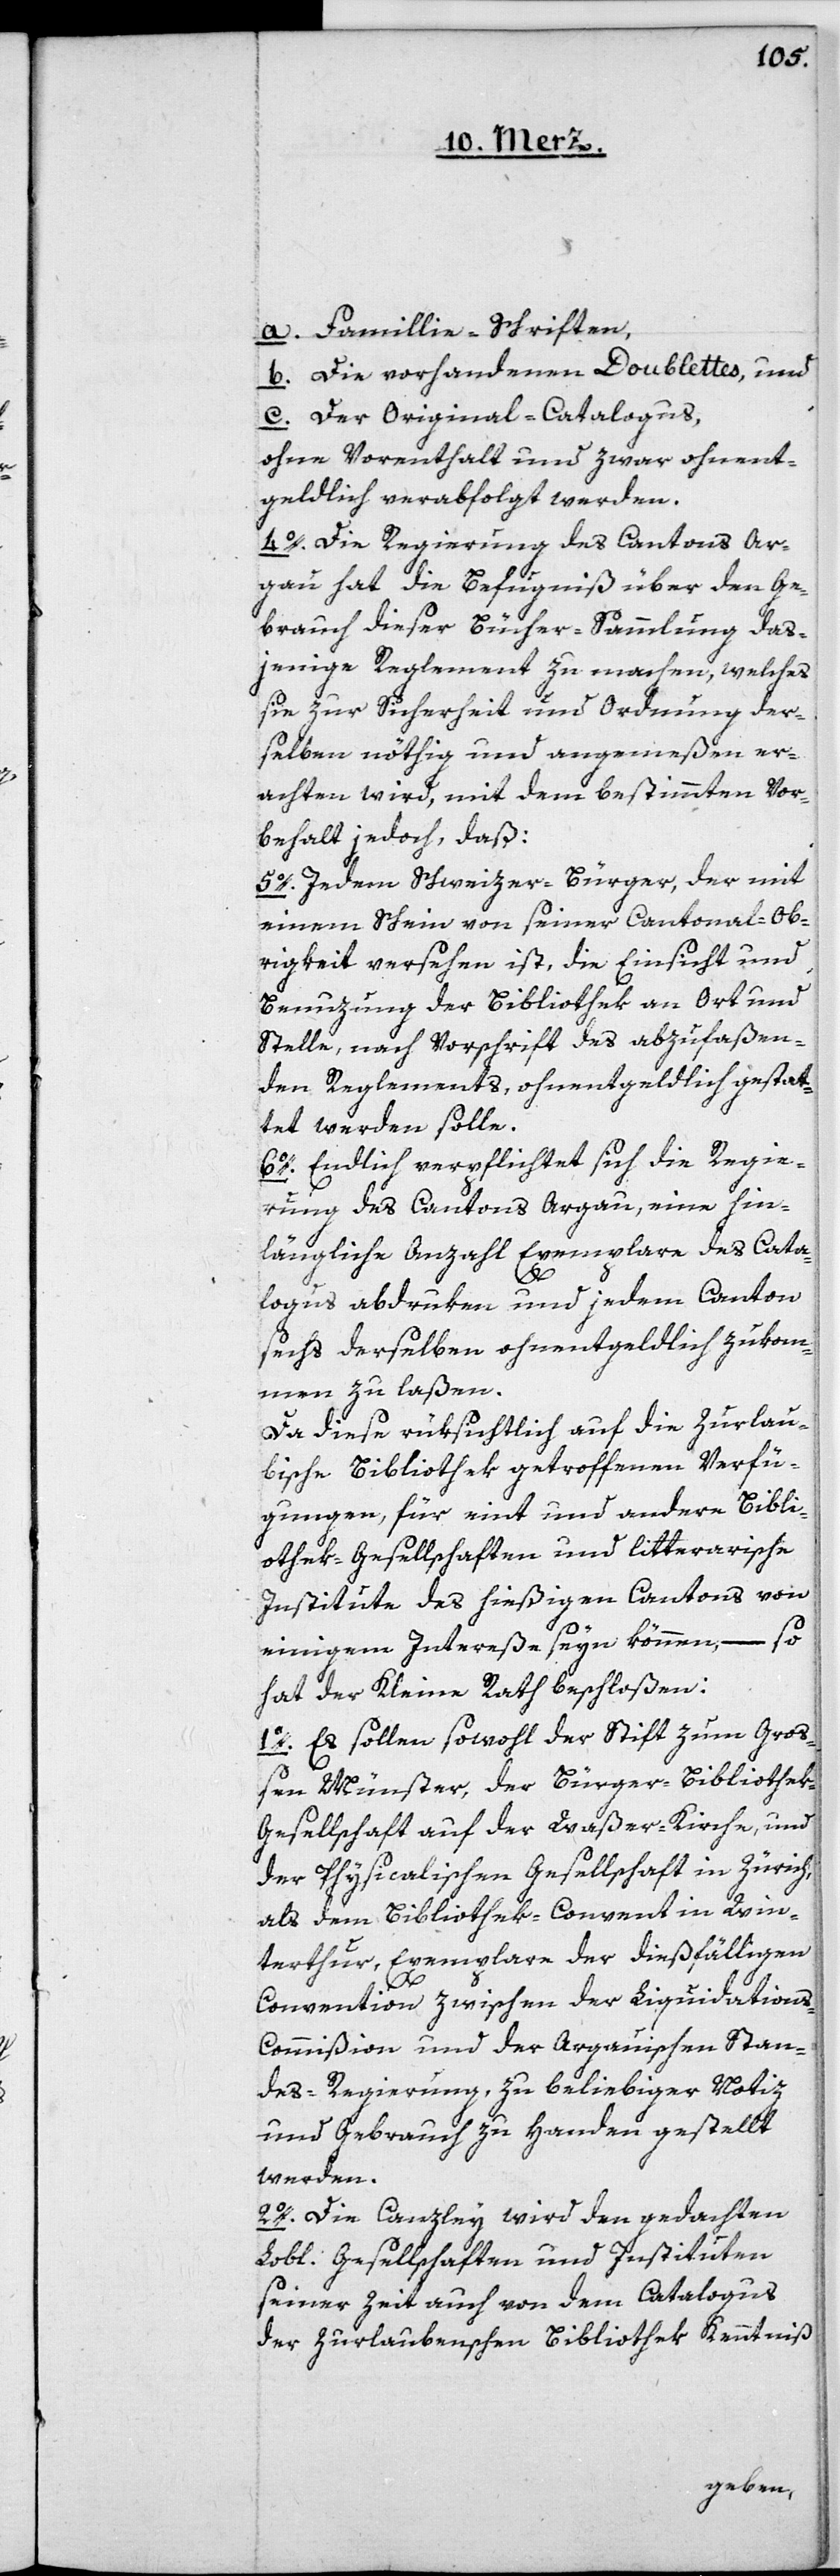
a. Famillie-Schriften,
b. Die vorhandenen Doublettes, und
c. Der Original-Catalogus
ohne Vorenthalt und zwar ohnent¬
geldlich verabfolgt werden.
4o. Die Regierung des Cantons Ar¬
gau hat die Befugniß über den Ge¬
brauch dieser Bücher-Sammlung das¬
jenige Reglement zu machen, welches
sie zur Sicherheit und Ordnung der¬
selben nöthig und angemeßen er¬
achten wird, mit dem bestimmten Vor¬
behalt jedoch, daß:
5o. Jedem Schweizer-Bürger, der mit
einem Schein von seiner Cantonal-Ob¬
rigkeit versehen ist, die Einsicht und
Benuzung der Bibliothek an Ort und
Stelle, nach Vorschrift des abzufaßen¬
den Reglements, ohnentgeldlich gestat¬
tet werden solle.
6o. Endlich verpflichtet sich die Regie¬
rung des Cantons Argau, eine hin¬
längliche Anzahl Exemplare des Cata¬
logus abdruken und jedem Canton
sechs derselben ohnentgeldlich zukom¬
men zu laßen.
Da diese rüksichtlich auf die Zurlau¬
bische Bibliothek getroffenen Verfü¬
gungen, für eint und andere Bibli¬
othek-Gesellschaften und litterarische
Institute des hießigen Cantons von
einigem Intereße seyn können, – so
hat der Kleine Rath beschloßen:
1o. Es sollen sowohl der Stift zum Gro¬
ßen Münster, der Bürger-Bibliothek-G¬
esellschaft auf der Waßer-Kirche, und
der Physicalischen Gesellschaft in Zürich,
als dem Bibliothek-Convent in Win¬
terthur, Exemplare der dießfälligen
Convention zwischen der Liquidation¬
s-Commißion und der Argauischen Stan¬
des-Regierung, zu beliebiger Notiz
und Gebrauch zu Handen gestellt
werden.
2o. Die Canzley wird den gedachten
Lobl. Gesellschaften und Instituten
seiner Zeit auch von dem Catalogus
der Zurlaubenschen Bibliothek Kenntniß